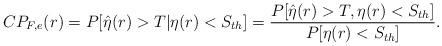
LaTeX: \begin{align*}CP_{F,e}(r)=P[\hat{\eta}(r)>T|\eta(r)<S_{th}]=\frac{P[\hat{\eta}(r)>T,\eta(r)<S_{th}]}{P[\eta(r)<S_{th}]} .\end{align*}